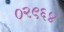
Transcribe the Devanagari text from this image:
०२९६४